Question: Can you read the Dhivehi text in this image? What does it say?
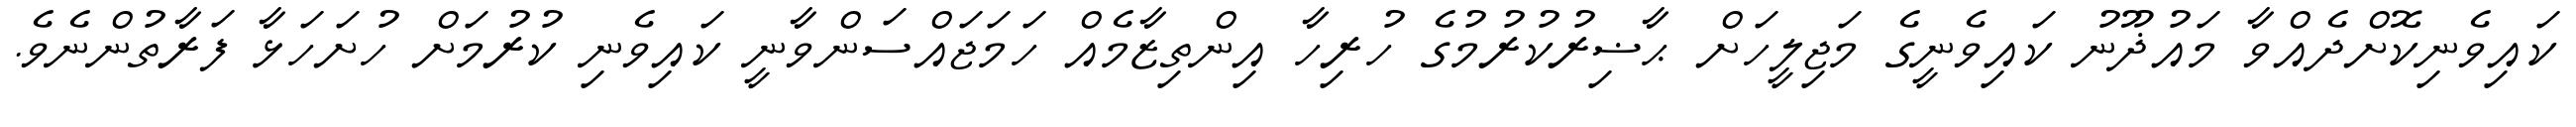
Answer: ކައިވެނިކޮށްދެއްވާ މައުޛޫނު ކައިވެނީގެ މަޖިލީހަށް ޙާޟިރުކުރުމުގެ ހުރިހާ އިންތިޒާމެއް ހަމަޖައްސަންވާނީ ކައިވެނި ކުރުމަށް ހުށަހަޅާ ފަރާތުންނެވެ.